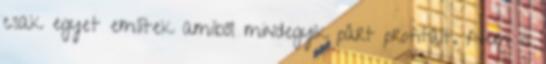
csak egyet említek amiből mindegyik párt profitált. Nem is